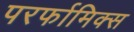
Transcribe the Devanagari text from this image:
परर्फामिक्स